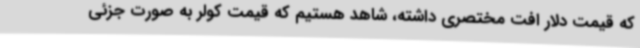
که قیمت دلار افت مختصری داشته، شاهد هستیم که قیمت کولر به صورت جزئی